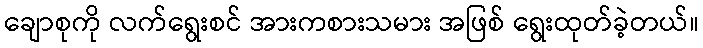
ချောစုကို လက်ရွေးစင် အားကစားသမား အဖြစ် ရွေးထုတ်ခဲ့တယ်။